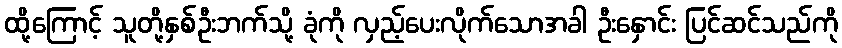
ထို့ကြောင့် သူတို့နှစ်ဦးဘက်သို့ ခုံကို လှည့်ပေးလိုက်သောအခါ ဦးနှောင်း ပြင်ဆင်သည်ကို